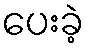
ပေးခဲ့